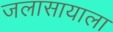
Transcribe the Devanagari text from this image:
जलासायाला